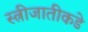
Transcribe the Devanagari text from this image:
स्त्रीजातीकडे